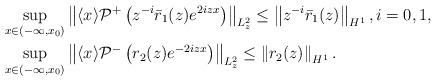
LaTeX: \begin{align*}&\sup _{x \in\left( -\infty, x_{0} \right)}\left\| \langle x\rangle \mathcal{P}^{+}\left(z^{-i}\bar{r}_1(z) e^{ 2i z x}\right)\right\|_{L_z^2}\leq\left\|z^{-i}\bar r_1(z)\right\|_{H^1},i=0,1,\\&\sup _{x \in \left( -\infty, x_{0} \right)}\left\|\langle x\rangle \mathcal{P}^-\left(r_2(z) e^{-2iz x}\right)\right\|_{L_{z}^2}\leq\left\|r_2(z)\right\|_{H^1}.\end{align*}